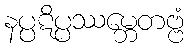
နပ္ပဋိပ္ပဿမ္ဘေတဗ္ဗံ